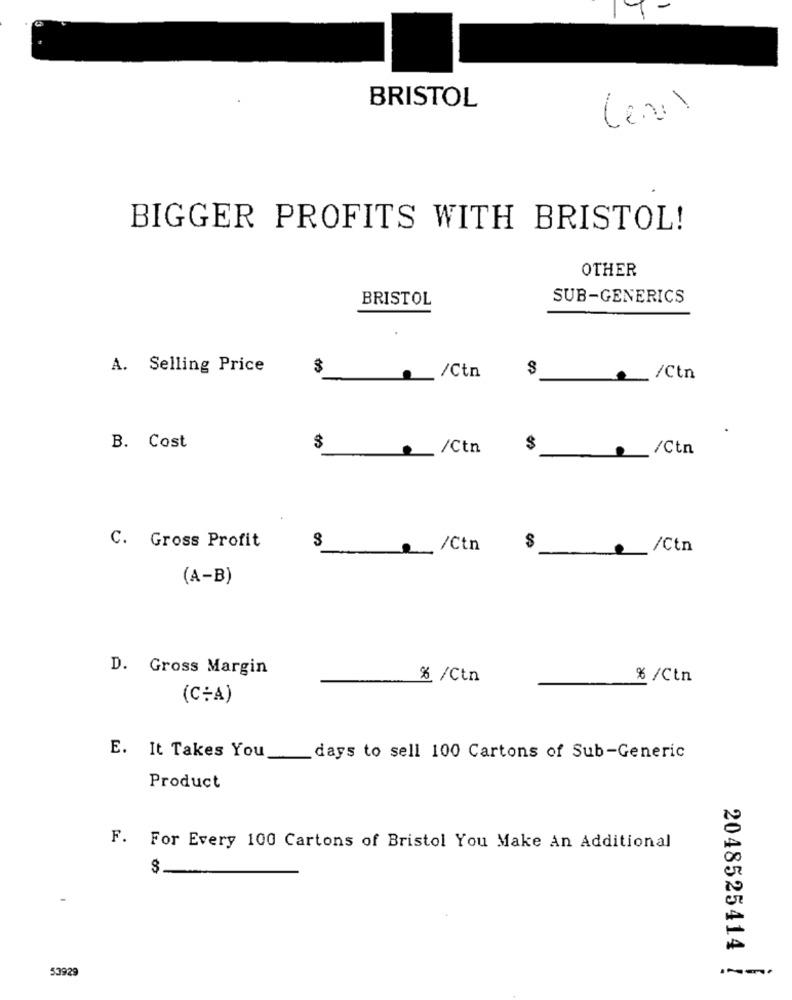
BRISTOL
Levis
BIGGER PROFITS WITH BRISTOL!
OTHER
BRISTOL
SUB-GENERICS
A. Selling Price
$
/Ctn
. /Ctn
B. Cost
$
/Ctn
$
/Ctn
C. Gross Profit
... /Ctn
$
/Ctn
(A-B)
D. Gross Margin
% /Ctn
% /Ctn
(C+A)
E. It Takes You
days to sell 100 Cartons of Sub-Generic
Product
F. For Every 100 Cartons of Bristol You Make An Additional
$
2048525414
53929
-